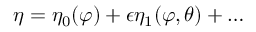
\eta = \eta _ { 0 } ( \varphi ) + \epsilon \eta _ { 1 } ( \varphi , \theta ) + \dots